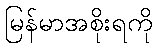
မြန်မာအစိုးရကို